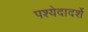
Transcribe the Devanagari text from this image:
पश्येदादर्शे